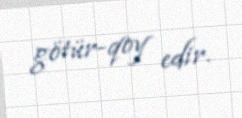
götür-qoy edir.